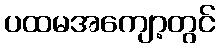
ပထမအကျော့တွင်